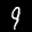
Label: 9